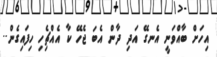
އިހަށް ބާއްވަނީ އެނގޭ އަދި ދާން އެބަ ޖެހޭ ކާ އެއްޗިެހި ހިފައިގެން..